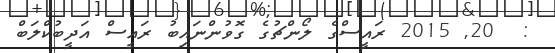
:  20